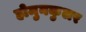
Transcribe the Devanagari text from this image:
होमुनकुलर